Indian journal of veterinary science and animal husbandry - Volume 9,
Year: 1939
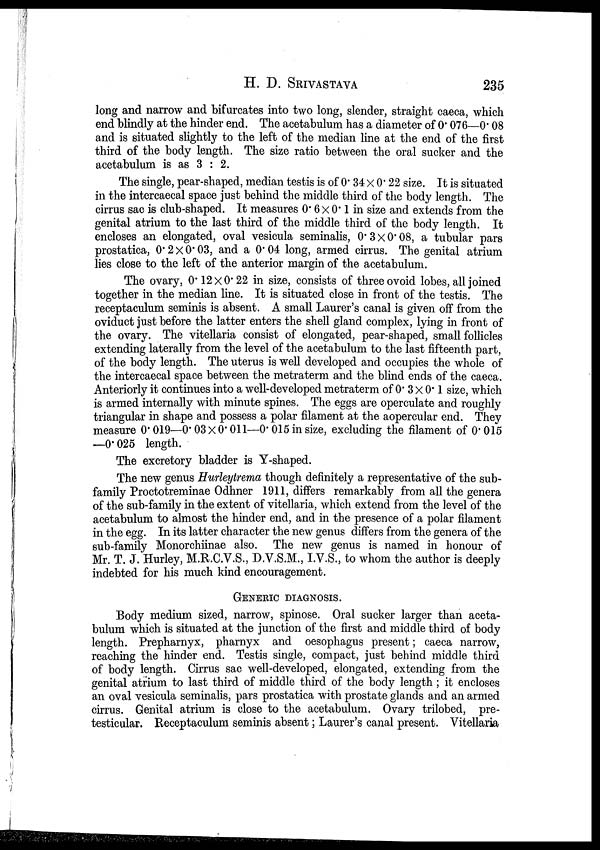
H. D.
SRIVASTAVA
235
long and narrow and bifurcates into two long, slender, straight caeca, which
end blindly at the hinder end. The acetabulum has a diameter of 0.076—0.08
and is situated slightly to the left of the median line at the end of the first
third of the body length. The size ratio between the oral sucker and the
acetabulum is as 3 : 2.
The single, pear-shaped, median testis is of 0.34 × 0.22 size. It is situated
in the intercaecal space just behind the middle third of the body length. The
cirrus sac is club-shaped. It measures 0.6 × 0.1 in size and extends from the
genital atrium to the last third of the middle third of the body length. It
encloses an elongated, oval vesicula seminalis, 0.3 × 0.08, a tubular pars
prostatica, 0.2 × 0.03, and a 0.04 long, armed cirrus. The genital atrium
lies close to the left of the anterior margin of the acetabulum.
The ovary, 0.12 × 0.22 in size, consists of three ovoid lobes, all joined
together in the median line. It is situated close in front of the testis. The
receptaculum seminis is absent. A small Laurer's canal is given off from the
oviduct just before the latter enters the shell gland complex, lying in front of
the ovary. The vitellaria consist of elongated, pear-shaped, small follicles
extending laterally from the level of the acetabulum to the last fifteenth part,
of the body length. The uterus is well developed and occupies the whole of
the intercaecal space between the metraterm and the blind ends of the caeca.
Anteriorly it continues into a well-developed metraterm of 0.3 × 0.1 size, which
is armed internally with minute spines. The eggs are operculate and roughly
triangular in shape and possess a polar filament at the aopercular end. They
measure 0.019—0.03 × 0.011—0.015 in size, excluding the filament of 0.015
—0.025 length.
The excretory bladder is Y-shaped.
The new genus Hurleytrema though definitely a representative of the sub-
family Proctotreminae Odhner 1911, differs remarkably from all the genera
of the sub-family in the extent of vitellaria, which extend from the level of the
acetabulum to almost the hinder end, and in the presence of a polar filament
in the egg. In its latter character the new genus differs from the genera of the
sub-family Monorchiinae also. The new genus is named in honour of
Mr. T. J. Hurley, M.R.C.V.S., D.V.S.M., I.V.S., to whom the author is deeply
indebted for his much kind encouragement.
GENERIC DIAGNOSIS.
Body medium sized, narrow, spinose. Oral sucker larger than aceta-
bulum which is situated at the junction of the first and middle third of body
length. Prepharnyx, pharnyx and oesophagus present; caeca narrow,
reaching the hinder end. Testis single, compact, just behind middle third
of body length. Cirrus sac well-developed, elongated, extending from the
genital atrium to last third of middle third of the body length; it encloses
an oval vesicula seminalis, pars prostatica with prostate glands and an armed
cirrus. Genital atrium is close to the acetabulum. Ovary trilobed, pre-
testicular. Receptaculum seminis absent; Laurer's canal present. Vitellaria